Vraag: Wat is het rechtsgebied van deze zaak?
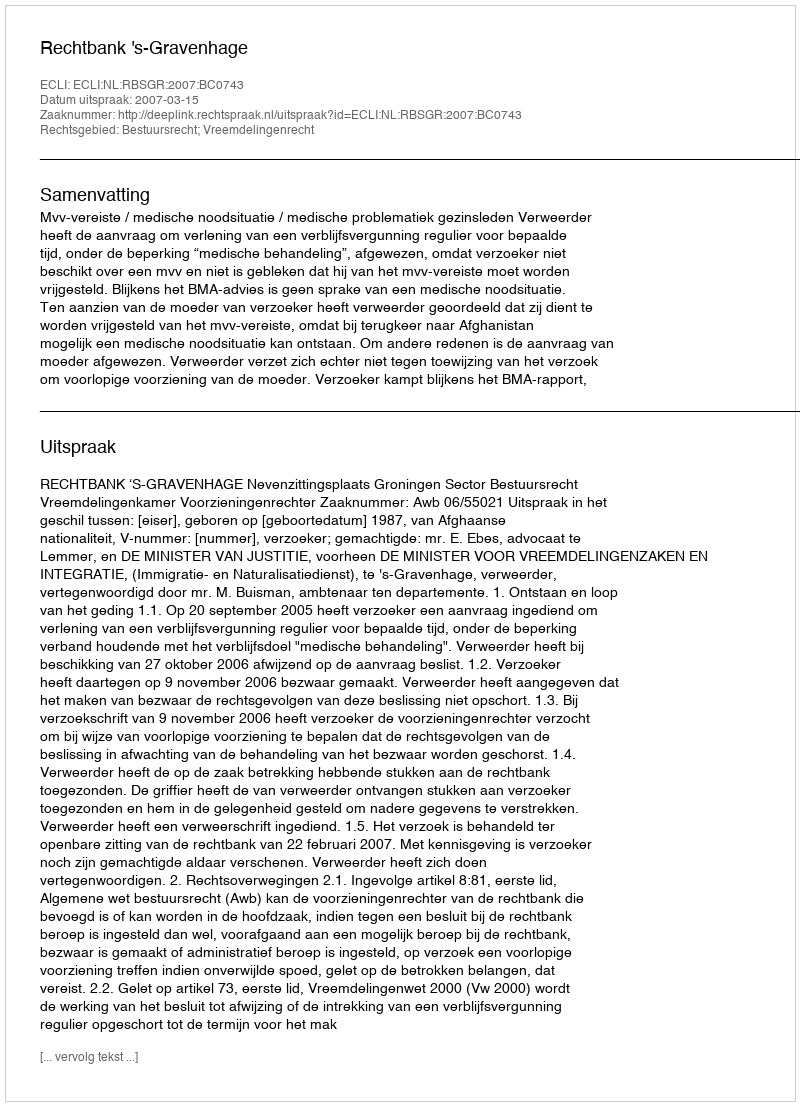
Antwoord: Bestuursrecht; Vreemdelingenrecht